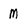
Character: m